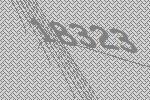
18323